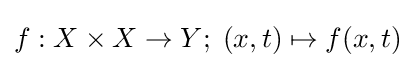
f:X\times X\to Y;\;(x,t)\mapsto f(x,t)